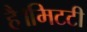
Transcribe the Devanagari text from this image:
है।मिटटी